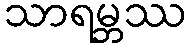
သာရမ္ဘဿ